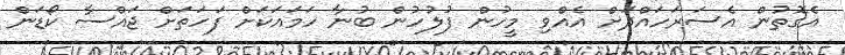
އެގޮތުން އެސަރަހައްދަށް އެއްވި މީހުން ފުލުހުން ބުނާ ހަމައަކަށް ފަހަތަށް ޖައްސާ ކޯޑަން